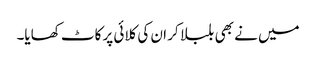
میں نے بھی بلبلا کر ان کی کلائی پر کاٹ کھایا۔